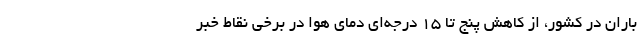
باران در کشور، از کاهش پنج تا ۱۵ درجه‌ای دمای هوا در برخی نقاط خبر